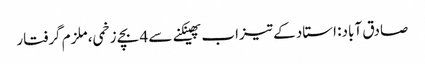
صادق آباد: استاد کے تیزاب پھینکنے سے 4 بچے زخمی، ملزم گرفتار